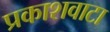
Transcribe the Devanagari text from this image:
प्रकाशवाटा